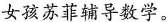
女孩苏菲辅导数学。